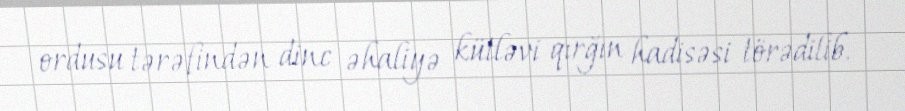
ordusu tərəfindən dinc əhaliyə kütləvi qırğın hadisəsi törədilib.